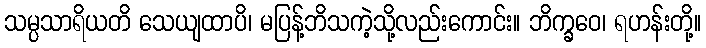
သမ္ပသာရိယတိ သေယျထာပိ၊ မပြန့်ဘိသကဲ့သို့လည်းကောင်း။ ဘိက္ခဝေ၊ ရဟန်းတို့။